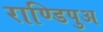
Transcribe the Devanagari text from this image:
राण्डिपुअ